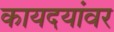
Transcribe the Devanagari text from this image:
कायदयांवर